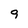
Character: 9